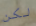
لكن